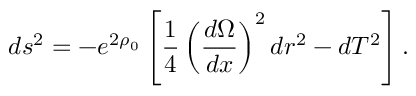
d s ^ { 2 } = - e ^ { 2 \rho _ { 0 } } \left[ \frac { 1 } { 4 } \left( \frac { d \Omega } { d x } \right) ^ { 2 } d r ^ { 2 } - d T ^ { 2 } \right] .